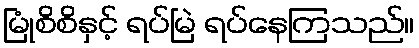
မြုံစိစိနှင့် ရပ်မြဲ ရပ်နေကြသည်။